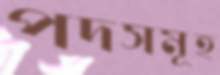
পদসমূহ